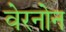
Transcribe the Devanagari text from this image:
वेरनोन